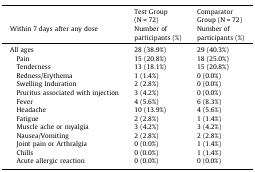
<table><thead><tr><td></td><td><b>Test Group (N = 72)</b></td><td><b>Comparator Group (N = 72)</b></td></tr><tr><td><b>Within 7 days after any dose</b></td><td><b>Number of participants (%)</b></td><td><b>Number of participants (%)</b></td></tr></thead><tbody><tr><td>All ages</td><td>28 (38.9%)</td><td>29 (40.3%)</td></tr><tr><td> Pain</td><td>15 (20.8%)</td><td>18 (25.0%)</td></tr><tr><td> Tenderness</td><td>13 (18.1%)</td><td>15 (20.8%)</td></tr><tr><td> Redness/Erythema</td><td>1 (1.4%)</td><td>0 (0.0%)</td></tr><tr><td> Swelling Induration</td><td>2 (2.8%)</td><td>0 (0.0%)</td></tr><tr><td> Pruritus associated with injection</td><td>3 (4.2%)</td><td>0 (0.0%)</td></tr><tr><td> Fever</td><td>4 (5.6%)</td><td>6 (8.3%)</td></tr><tr><td> Headache</td><td>10 (13.9%)</td><td>4 (5.6%)</td></tr><tr><td> Fatigue</td><td>2 (2.8%)</td><td>1 (1.4%)</td></tr><tr><td> Muscle ache or myalgia</td><td>3 (4.2%)</td><td>3 (4.2%)</td></tr><tr><td> Nausea/Vomiting</td><td>2 (2.8%)</td><td>2 (2.8%)</td></tr><tr><td> Joint pain or Arthralgia</td><td>0 (0.0%)</td><td>1 (1.4%)</td></tr><tr><td> Chills</td><td>0 (0.0%)</td><td>1 (1.4%)</td></tr><tr><td> Acute allergic reaction</td><td>0 (0.0%)</td><td>0 (0.0%)</td></tr></tbody></table>